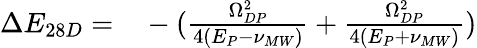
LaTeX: \begin{array}{rl}{\Delta E_{28D}=}&{{}-(\frac{\Omega_{DP}^{2}}{4(E_{P}-\nu_{MW})}+\frac{\Omega_{DP}^{2}}{4(E_{P}+\nu_{MW})})}\end{array}